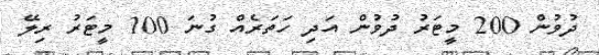
ދުވުން 200 މީޓަރު ދުވުން އަދި ހަތަރެއް ގުނަ 100 މީޓަރު ރިލޭ